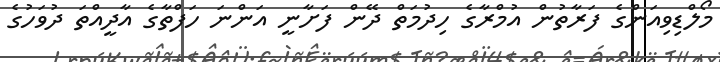
މޯލްޑިވިއަންގެ ފަރާތުން އުމްރާގެ ހިދުމަތް ދޭން ފަށާނީ އަންނަ ހަފްތާގެ އާދީއްތަ ދުވަހުގެ